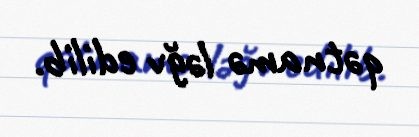
qətnamə ləğv edilib.